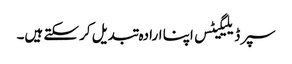
سپر ڈیلیگیٹس اپنا ارادہ تبدیل کر سکتے ہیں۔